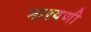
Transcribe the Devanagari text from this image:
नारयणी